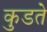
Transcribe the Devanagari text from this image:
कुडते